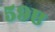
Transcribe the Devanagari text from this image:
५९ए